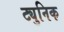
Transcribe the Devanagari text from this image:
ट्युनिक